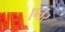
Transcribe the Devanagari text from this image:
एतर